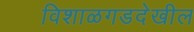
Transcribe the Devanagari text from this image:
विशाळगडदेखील